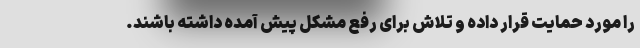
را مورد حمایت قرار داده و تلاش برای رفع مشکل پیش آمده داشته باشند.